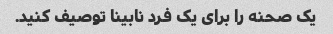
یک صحنه را برای یک فرد نابینا توصیف کنید.